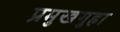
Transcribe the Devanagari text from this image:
प्रमुखगुहा